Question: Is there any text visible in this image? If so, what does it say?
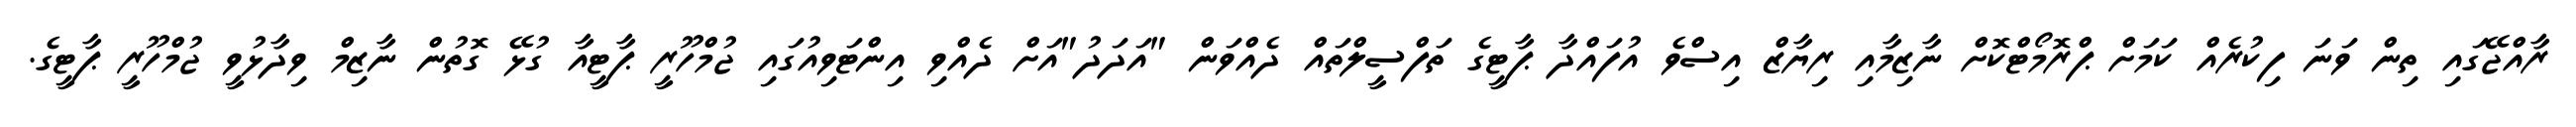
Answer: ރާއްޖޭގައި ތިން ވަނަ ފިކުރެއް ކަމަށް ޕްރޮމޯޓްކޮށް ނާޒިމާއި ރިޔާޒް އިސްވެ އުފައްދާ ޕާޓީގެ ތަފްސީލްތައް ދެއްވަން "އަދަދު"އަށް ދެއްވި އިންޓަވިއުގައި ޖުމްހޫރީ ޕާޓީއާ ގުޅޭ ގޮތުން ނާޒިމް ވިދާޅުވީ ޖުމްހޫރީ ޕާޓީގެ.